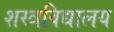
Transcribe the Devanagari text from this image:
शस्त्रविद्यालय